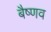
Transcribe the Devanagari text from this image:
बैष्णव